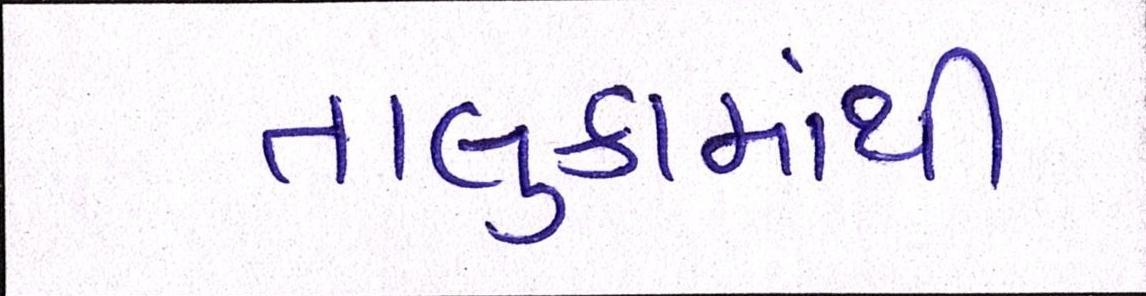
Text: તાલુકામાંથી